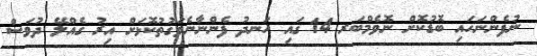
ނުފެންނަހައި ބޮޑުކޮށް ނޮވެމްބަރ 14 ގައި ހަނދު ފެންނާނެވަގުތުކޮޅަށް އިރު ގެއްލޭ ދުވަސް